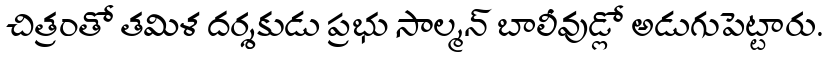
చిత్రంతో తమిళ దర్శకుడు ప్రభు సాల్మన్ బాలీవుడ్లో అడుగుపెట్టారు.